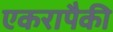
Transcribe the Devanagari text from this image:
एकरापैकी